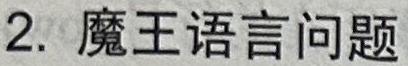
2. 魔王语言问题